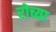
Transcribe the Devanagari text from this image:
रोच्या